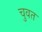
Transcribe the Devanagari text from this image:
चुवत